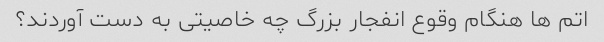
اتم ها هنگام وقوع انفجار بزرگ چه خاصیتی به دست آوردند؟